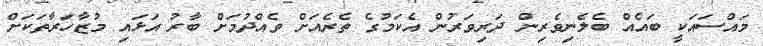
މައްސައަކީ ބައެއް ބެލެނިވެރިން ދަރިވަރުން އެކަމުގެ ތެރެއަށް ވެއްދުމަށް ބާރު އަޅައި މުޒާހަރާތަކަށް